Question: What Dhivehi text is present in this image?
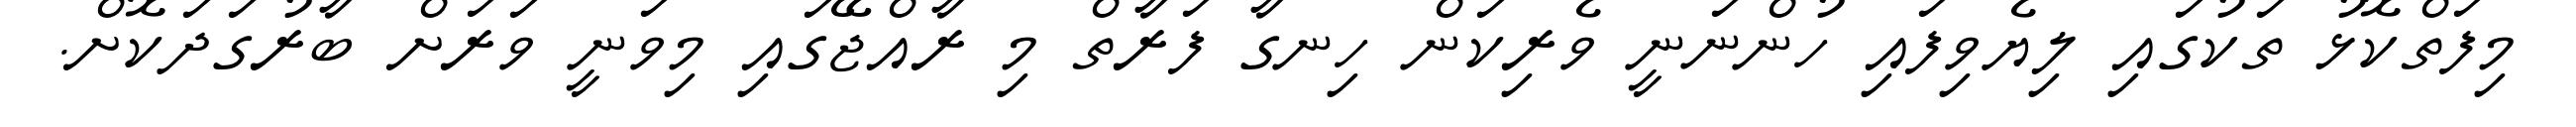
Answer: މިފަތްކޮޅު ތަކުގައި ލިޔެވިފައި ހުންނަނީ ވެރިކަން ހިނގާ ފަރާތް މި ރާއްޖޭގައި މިވަނީ ވަރަށް ބާރުގަދަކޮށް.